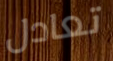
تعادل